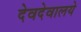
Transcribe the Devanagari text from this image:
देवदेवालये